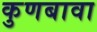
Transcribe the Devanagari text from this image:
कुणबावा